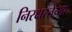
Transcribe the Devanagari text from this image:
निरक्षरतेच्या